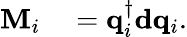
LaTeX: \begin{array}{rl}{\mathbf{M}_{i}}&{{}=\mathbf{q}_{i}^{\dagger}\mathbf{d}\mathbf{q}_{i}.}\end{array}